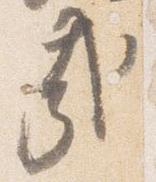
哉